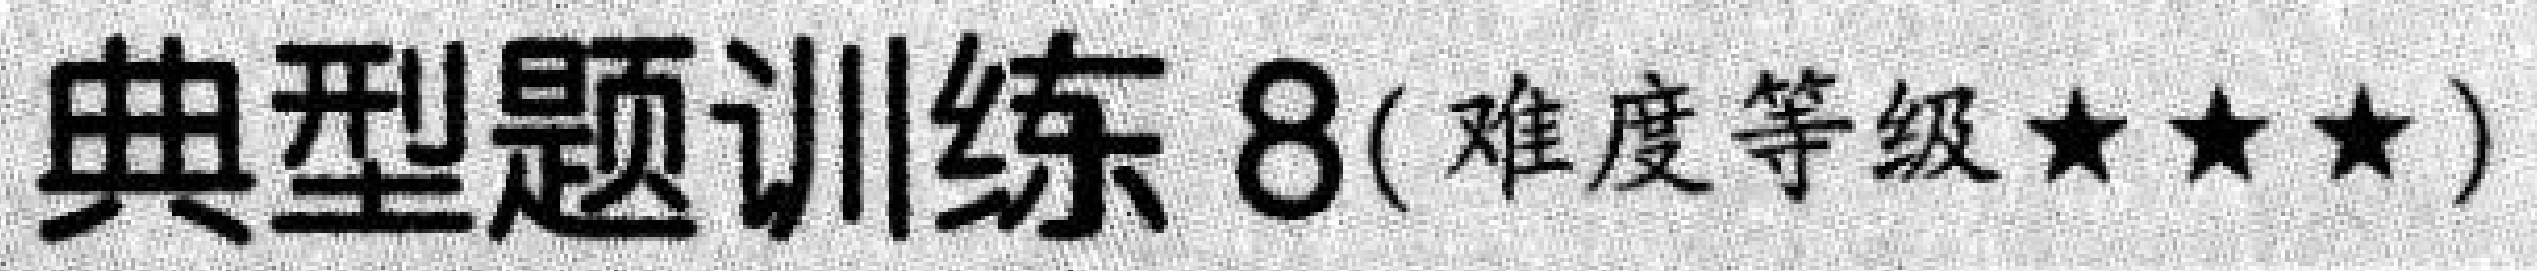
典型题训练8(难度等级★★★)